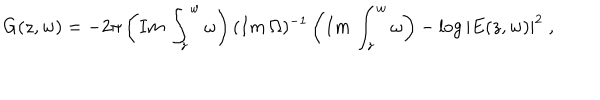
G ( z , w ) = - 2 \pi \left( I m \, \int _ { z } ^ { w } \omega \right) ( I m \, \Omega ) ^ { - 1 } \left( I m \, \int _ { z } ^ { w } \omega \right) - \log { | E ( z , w ) | ^ { 2 } } \; ,